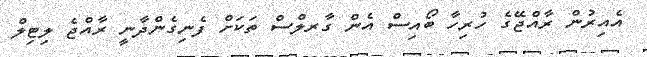
އެއިރުން ރާއްޖޭގެ ހުރިހާ ބޯއިސް އެން ގާރލްސް ތަކަށް ފެނިގެންދާނީ ރާއްޖެ ލިޓިލް